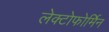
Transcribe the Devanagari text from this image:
लेक्टोफोर्मिन